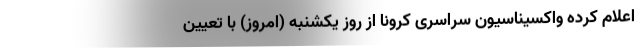
اعلام کرده واکسیناسیون سراسری کرونا از روز یکشنبه (امروز) با تعیین